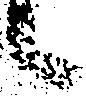
候